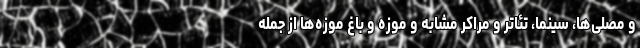
و مصلی‌ها، سینما، تئاتر و مراکر مشابه و موزه و باغ موزه‌ها از جمله